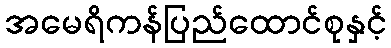
အမေရိကန်ပြည်ထောင်စုနှင့်